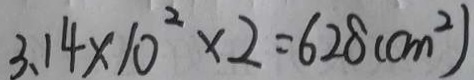
3 . 1 4 \times 1 0 ^ { 2 } \times 2 = 6 2 8 ( c m ^ { 2 } )